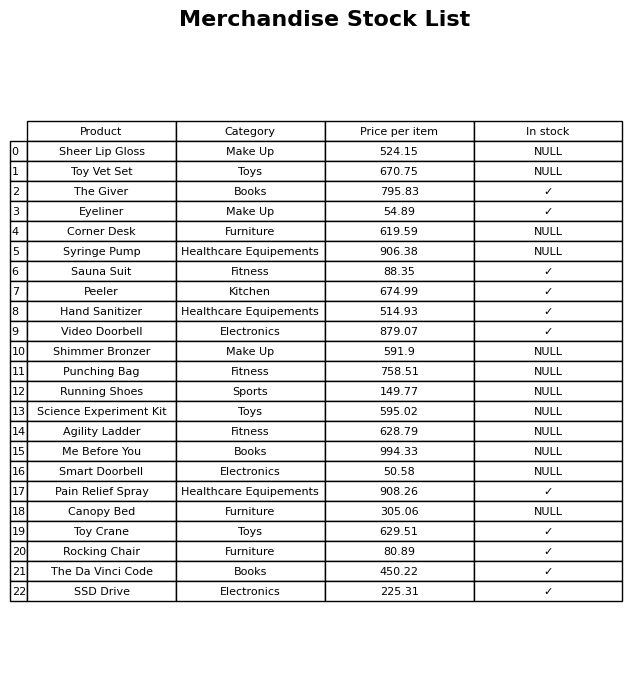
question: What is the price of the SSD Drive?
answer: The price of SSD Drive is 225.31.